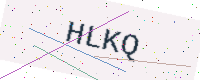
Text: HLKQ